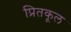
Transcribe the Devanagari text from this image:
प्रितकूल